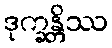
ဒုက္ခန္တိဿ